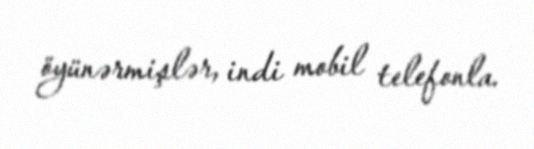
öyünərmişlər, indi mobil telefonla.